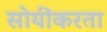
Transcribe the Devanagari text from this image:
सोयींकरता